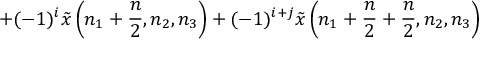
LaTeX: + ( - 1 ) ^ { i } { \tilde { x } } \left( n _ { 1 } + { \frac { n } { 2 } } , n _ { 2 } , n _ { 3 } \right) + ( - 1 ) ^ { i + j } { \tilde { x } } \left( n _ { 1 } + { \frac { n } { 2 } } + { \frac { n } { 2 } } , n _ { 2 } , n _ { 3 } \right)